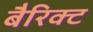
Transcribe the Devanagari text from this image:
बैरिक्ट